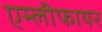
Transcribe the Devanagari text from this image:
एम्लीफायर